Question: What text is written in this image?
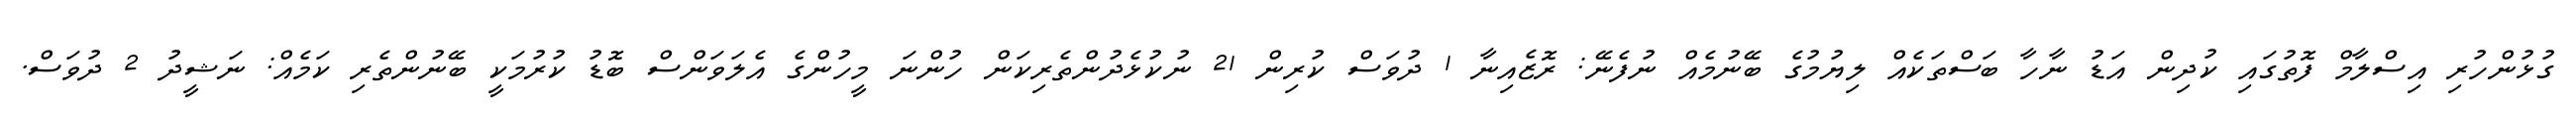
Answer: ގުޅުންހުރި އިސްލާމް ފޮތުގައި ކުދިން އަޑު ނާހާ ބަސްތަކެއް ލިޔުމުގެ ބޭނުމެއް ނުފެނޭ: ރޮޒެއިނާ 1 ދުވަސް ކުރިން 21 ނުކުޅެދުންތެރިކަން ހުންނަ މީހުންގެ އެލަވަންސް ބޮޑު ކުރުމަކީ ބޭނުންތެރި ކަމެއް: ނަޝީދު 2 ދުވަސް.